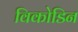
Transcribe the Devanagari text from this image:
विकोडिन